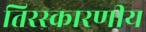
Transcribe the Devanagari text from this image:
तिरस्कारणीय